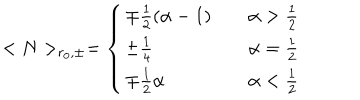
LaTeX: < N > _ { r _ { 0 } , \pm } = \left\{ \begin{array} { l l } { { \mp \frac { 1 } { 2 } \left( \alpha - 1 \right) } } & { { \quad \alpha > \frac { 1 } { 2 } } } \\ { { \pm \frac { 1 } { 4 } } } & { { \quad \alpha = \frac { 1 } { 2 } } } \\ { { \mp \frac { 1 } { 2 } \alpha } } & { { \quad \alpha < \frac { 1 } { 2 } } } \\ \end{array} \right.